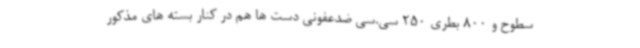
سطوح و 800 بطری 250 سی.سی ضدعفونی دست ها هم در کنار بسته های مذکور